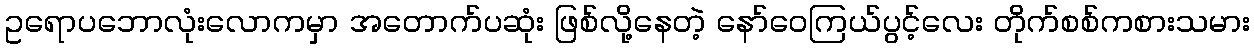
ဥရောပဘောလုံးလောကမှာ အတောက်ပဆုံး ဖြစ်လို့နေတဲ့ နော်ဝေကြယ်ပွင့်လေး တိုက်စစ်ကစားသမား